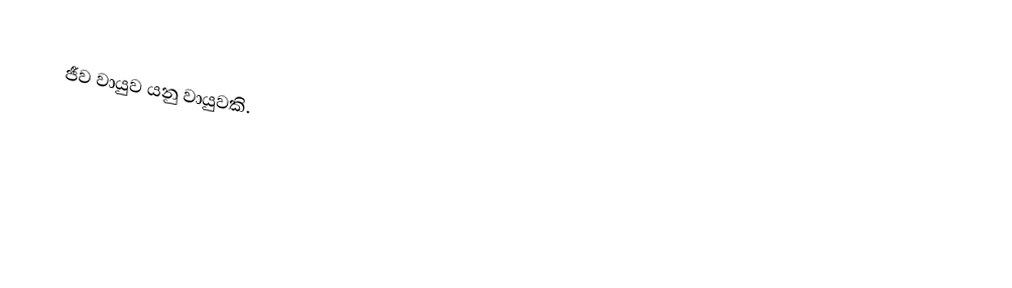
ජීව වායුව යනු වායුවකි.